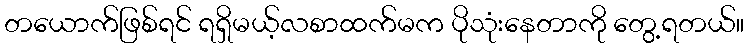
တယောက်ဖြစ်ရင် ရရှိမယ့်လစာထက်မက ပိုသုံးနေတာကို တွေ့ရတယ်။